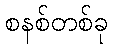
စနစ်တစ်ခု